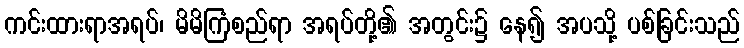
ကင်းထားရာအရပ်၊ မိမိကြံစည်ရာ အရပ်တို့၏ အတွင်း၌ နေ၍ အပသို့ ပစ်ခြင်းသည်